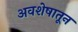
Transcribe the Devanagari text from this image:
अवशेषातून